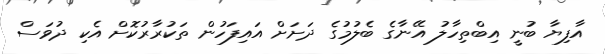
އާފިޔާ ބުނީ އިބްތިހާލު އޭނާގެ ބެލުމުގެ ދަށަށް އައިފަހުން ތަކުރާރުކޮށް އެކި ދުވަސް